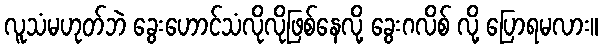
လူသံမဟုတ်ဘဲ ခွေးဟောင်သံလိုလိုဖြစ်နေလို့ ခွေးဂလိစ် လို့ ပြောရမလား။